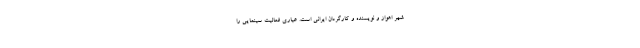
شهر اهواز و نویسنده و کارگردان ایرانی است. عیاری فعالیت سینمایی را